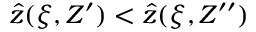
\hat { z } ( \xi , Z ^ { \prime } ) < \hat { z } ( \xi , Z ^ { \prime \prime } )